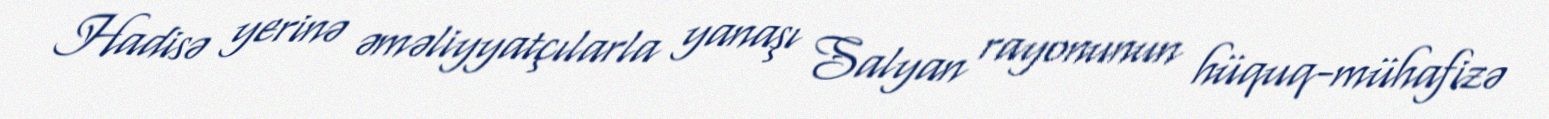
Hadisə yerinə əməliyyatçılarla yanaşı Salyan rayonunun hüquq-mühafizə